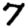
Digit: 7